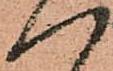
一